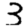
Digit: 3